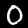
Digit: 0